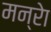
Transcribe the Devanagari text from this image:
मन्रेा